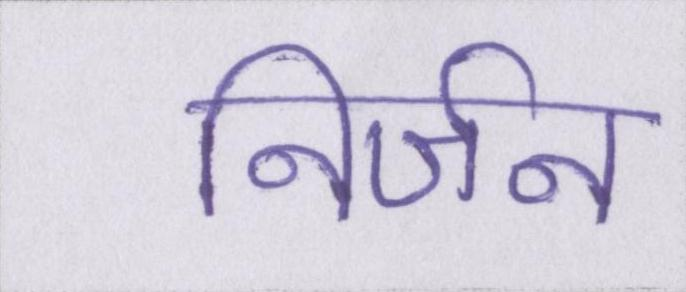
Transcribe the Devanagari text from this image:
निर्जन